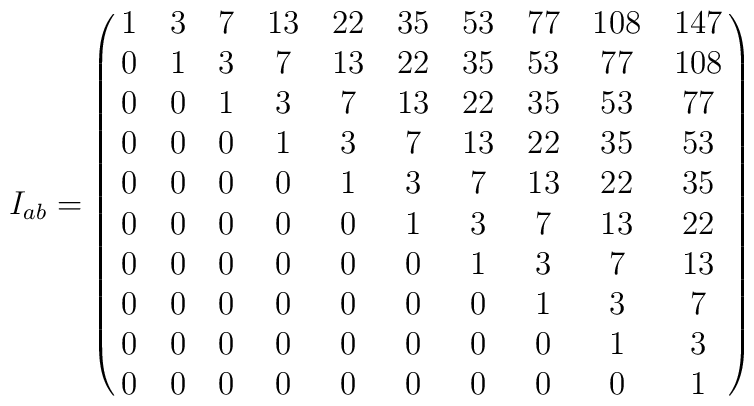
I_{ab}=\pmatrix{1&3&7&13&22&35&53&77&108&147\cr 0&1&3&7&13&22&35&53&77&108\cr0&0&1&3&7&13&22&35&53&77\cr0&0&0&1&3&7&13&22&35&53\cr0&0&0&0&1&3&7&13&22&35\cr0&0&0&0&0&1&3&7&13&22\cr0&0&0&0&0&0&1&3&7&13\cr0&0&0&0&0&0&0&1&3&7\cr0&0&0&0&0&0&0&0&1&3\cr0&0&0&0&0&0&0&0&0&1}